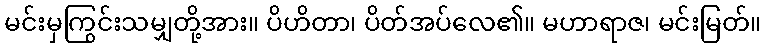
မင်းမှကြွင်းသမျှတို့အား။ ပိဟိတာ၊ ပိတ်အပ်လေ၏။ မဟာရာဇ၊ မင်းမြတ်။